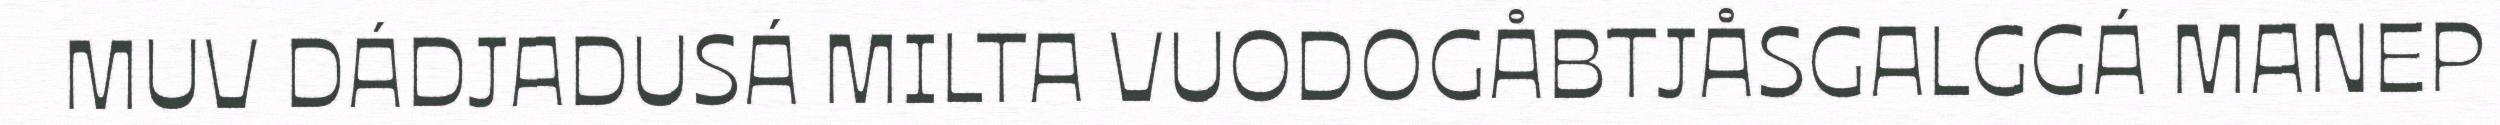
MUV DÁDJADUSÁ MILTA VUODOGÅBTJÅSGALGGÁ MANEP